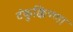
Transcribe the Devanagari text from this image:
टंकुक्किण्णा